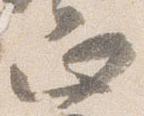
正